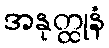
အနုတ္ထုနံ